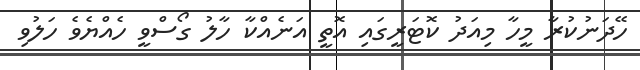
ހޭދަނުކުރާ މީހާ މިއަދު ކޮޓަރީގައި އޮތީ އަނެއްކާ ހާލު ގޯސްވީ ހެއްޔެވެ ހަލުވި